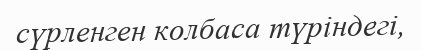
сүрленген колбаса түріндегі,